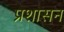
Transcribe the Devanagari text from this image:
प्रशासन